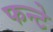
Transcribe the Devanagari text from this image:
फन्टे